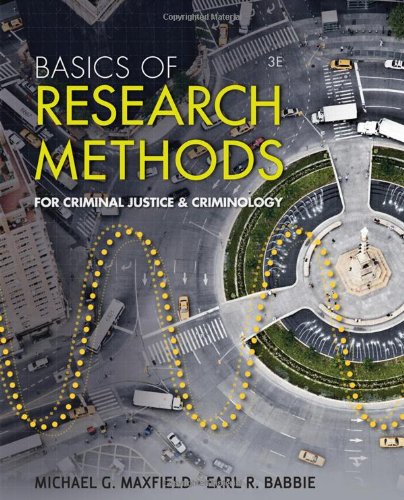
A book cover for Basics of Research Methods for Criminal Justice and Criminology; Michael G. Maxfield; Law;